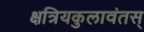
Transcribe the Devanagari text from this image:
क्षत्रियकुलावंतस्